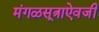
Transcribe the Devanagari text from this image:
मंगळसूत्राऐवजी